Report of the Indian Hemp Drugs Commission, 1894-1895 - Volume V
Year: 1894
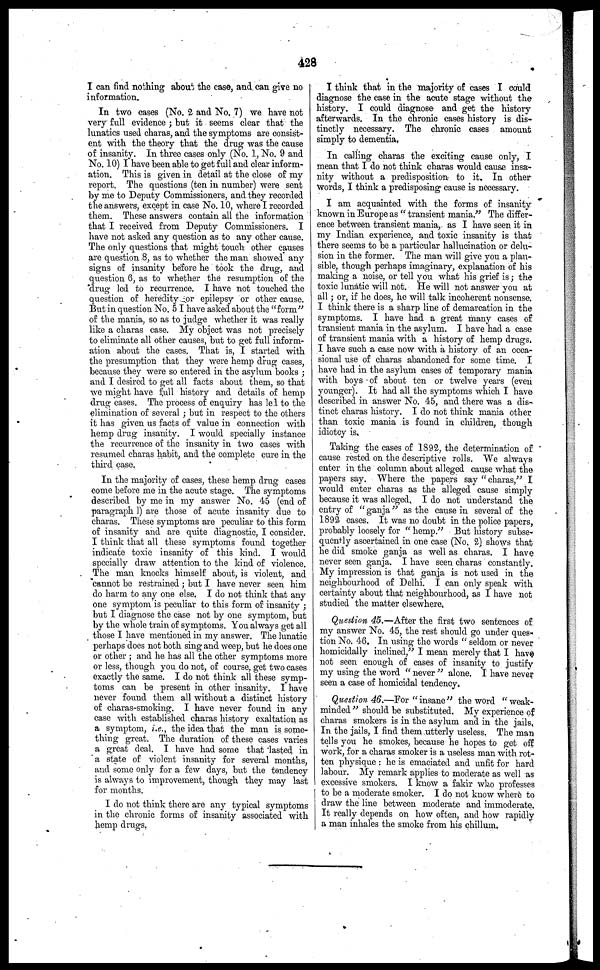
428
I can find nothing about the case, and can give no
information.
In two cases (No. 2 and No. 7) we have not
very full evidence ; but it seems clear that the
lunatics used charas, and the symptoms are consist-
ent with the theory that the drug was the cause
of insanity. In three cases only (No. 1, No. 9 and
No. 10) I have been able to get full and clear inform-
ation. This is given in detail at the close of my
report. The questions (ten in number) were sent
by me to Deputy Commissioners, and they recorded
the answers, except in case No. 10, where I recorded
them. These answers contain all the information
that I received from Deputy Commissioners. I
have not asked any question as to any other cause.
The only questions that might touch other causes
are question 8, as to whether the man showed any
signs of insanity before he took the drug, and
question 6, as to whether the resumption of the
drug led to recurrence. I have not touched the
question of heredity or epilepsy or other cause.
But in question No. 5 I have asked about the "form"
of the mania, so as to judge whether it was really
like a charas case. My object was not precisely
to eliminate all other causes, but to get full inform-
ation about the cases. That is, I started with
the presumption that they were hemp drug cases,
because they were so entered in the asylum books ;
and I desired to get all facts about them, so that
we might have full history and details of hemp
drug cases. The process of enquiry has led to the
elimination of several ; but in respect to the others
it has given us facts of value in connection with
hemp drug insanity. I would specially instance
the recurrence of the insanity in two cases with
resumed charas habit, and the complete cure in the
third case.
In the majority of cases, these hemp drug cases
come before me in the acute stage. The symptoms
described by me in my answer No. 45 (end of
paragraph 1) are those of acute insanity due to
charas. These symptoms are peculiar to this form
of insanity and are quite diagnostic, I consider.
I think that all these symptoms found together
indicate toxic insanity of this kind. I would
specially draw attention to the kind of violence.
The man knocks himself about, is violent, and
cannot be restrained ; but I have never seen him
do harm to any one else. I do not think that any
one symptom is peculiar to this form of insanity ;
but I diagnose the case not by one symptom, but
by the whole train of symptoms. You always get all
those I have mentioned in my answer. The lunatic
perhaps does not both sing and weep, but he does one
or other ; and he has all the other symptoms more
or less, though you do not, of course, get two cases
exactly the same. I do not think all these symp-
toms can be present in other insanity. I have
never found them all without a distinct history
of charas-smoking. I have never found in any
case with established charas history exaltation as
a symptom, i.e., the idea that the man is some-
thing great. The duration of these cases varies
a great deal. I have had some that lasted in
a state of violent insanity for several months,
and some only for a few days, but the tendency
is always to improvement, though they may last
for months.
I do not think there are any typical symptoms
in the chronic forms of insanity associated with
hemp drugs.
I think that in the majority of cases I could
diagnose the case in the acute stage without the
history. I could diagnose and get the history
afterwards. In the chronic cases history is dis-
tinctly necessary. The chronic cases amount
simply to dementia,
In calling charas the exciting cause only, I
mean that I do not think charas would cause insa-
nity without a predisposition to it. In other-
Words, I think a predisposing- cause is necessary.
I am acquainted with the forms of insanity
known in Europe as " transient mania." The differ-
ence between transient mania, as I have seen it in
my Indian experience, and toxic insanity is that
there seems to be a particular hallucination or delu-
sion in the former. The man will give you a plau-
sible, though perhaps imaginary, explanation of his
making a noise, or tell you what his grief is; the
toxic lunatic will not. He will not answer you at
all ; or, if he does, he will talk incoherent nonsense.
I think there is a sharp line of demarcation in the
symptoms. I have had a great many cases of
transient mania in the asylum. I have had a case
of transient mania with a history of hemp drugs.
I have such a case now with a history of an occa-
sional use of charas abandoned for some time. I
have had in the asylum cases of temporary mania
with boys of about ten or twelve years (even
younger). It had all the symptoms which I have
described in answer No. 45, and there was a dis-
tinct charas history. I do not think mania other
than toxic mania is found in children, though
idiotcy is.
Taking the cases of 1892, the determination of
cause rested on the descriptive rolls. We always
enter in the column about alleged cause what the
papers say. Where the papers say "charas,'' I
would enter charas as the alleged cause simply
because it was alleged. I do not understand the
entry of " ganja" as the cause in several of the
1892 cases. It was no doubt in the police papers,
probably loosely for " hemp." But history subse-
quently ascertained in one case (No. 2) shows that
he did smoke ganja as well as charas. I have
never seen ganja. I have seen charas constantly.
My impression is that ganja is not used in the
neighbourhood of Delhi. I can only speak with
certainty about that neighbourhood, as I have not
studied the matter elsewhere,
Question 45.—After the first two sentences of
my answer No. 45, the rest should go under ques-
tion No. 46. In using the words " seldom or never
homicidally inclined," I mean merely that I have
not seen enough of cases of insanity to justify
my using the word " never " alone. I have never
seen a case of homicidal tendency.
Question 46.—For "insane" the word "weak-
minded " should be substituted. My experience of
charas smokers is in the asylum and in the jails,
In the jails, I find them utterly useless. The man
tells you he smokes, because he hopes to get off
work, for a charas smoker is a useless man with rot-
ten physique : he is emaciated and unfit for hard
labour. My remark applies to moderate as well as
excessive smokers. I know a fakir who professes
to be a moderate smoker. I do not know where to
draw the line between moderate and immoderate
It really depends on how often, and how rapidly
a man inhales the smoke from his chillum.